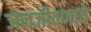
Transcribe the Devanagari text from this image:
जनजीवणाचे